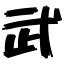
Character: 武